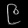
Digit: ၉